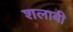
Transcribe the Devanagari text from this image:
शलाबी